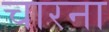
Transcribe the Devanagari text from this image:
चारना